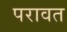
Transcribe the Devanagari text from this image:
परावत